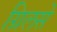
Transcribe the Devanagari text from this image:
ग्रिलसे